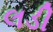
લડી